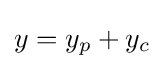
y=y_{p}+y_{c}